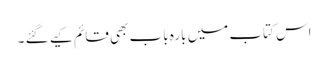
اس کتاب میں بارہ باب بھی قائم کیے گئے ۔